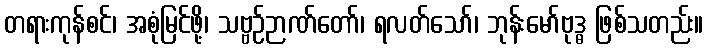
တရားကုန်စင်၊ အစုံမြင်ဖို့၊ သဗ္ဗဉ်ဉာဏ်တော်၊ ရလတ်သော်၊ ဘုန်းမော်ဗုဒ္ဓ ဖြစ်သတည်း။